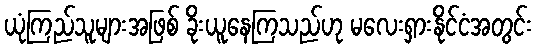
ယုံကြည်သူများအဖြစ် ခိုးယူနေကြသည်ဟု မလေးရှားနိုင်ငံအတွင်း